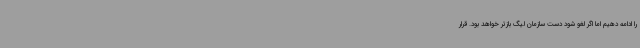
را ادامه دهیم اما اگر لغو شود دست سازمان لیگ بازتر خواهد بود. قرار